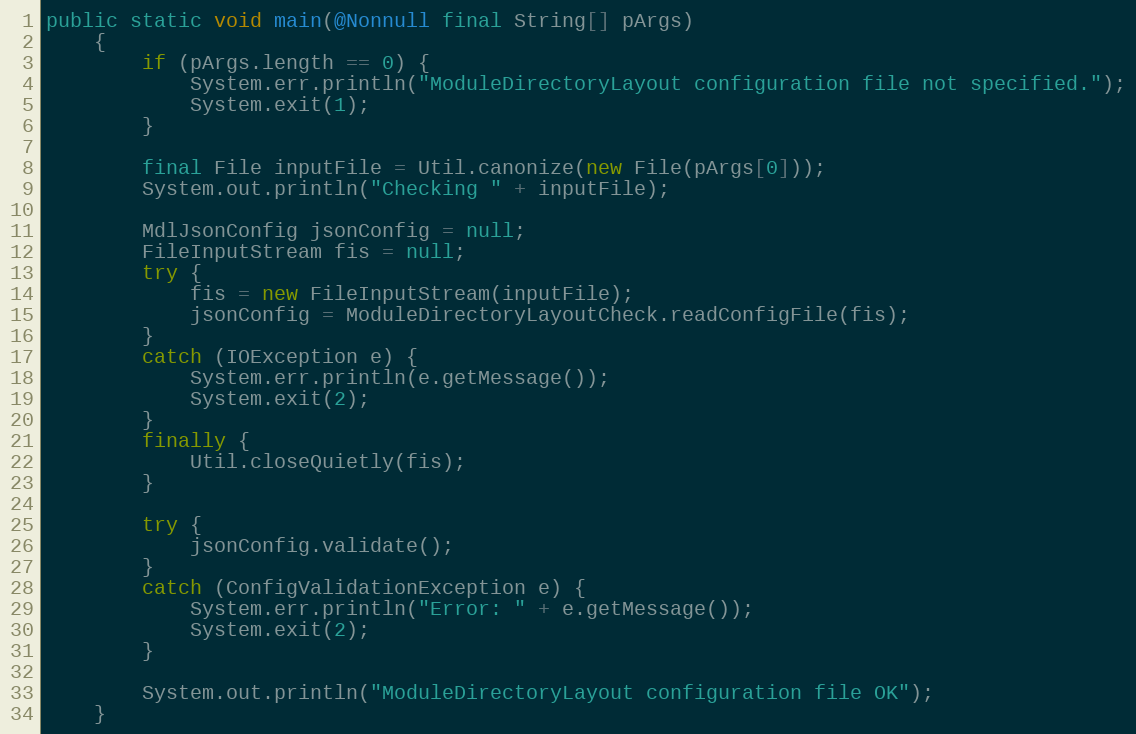
Language: Java
public static void main(@Nonnull final String[] pArgs)
    {
        if (pArgs.length == 0) {
            System.err.println("ModuleDirectoryLayout configuration file not specified.");
            System.exit(1);
        }

        final File inputFile = Util.canonize(new File(pArgs[0]));
        System.out.println("Checking " + inputFile);

        MdlJsonConfig jsonConfig = null;
        FileInputStream fis = null;
        try {
            fis = new FileInputStream(inputFile);
            jsonConfig = ModuleDirectoryLayoutCheck.readConfigFile(fis);
        }
        catch (IOException e) {
            System.err.println(e.getMessage());
            System.exit(2);
        }
        finally {
            Util.closeQuietly(fis);
        }

        try {
            jsonConfig.validate();
        }
        catch (ConfigValidationException e) {
            System.err.println("Error: " + e.getMessage());
            System.exit(2);
        }

        System.out.println("ModuleDirectoryLayout configuration file OK");
    }